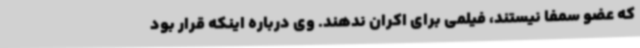
که عضو سمفا نیستند، فیلمی برای اکران ندهند. وی درباره اینکه قرار بود